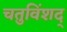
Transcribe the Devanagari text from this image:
चतुविंशद्